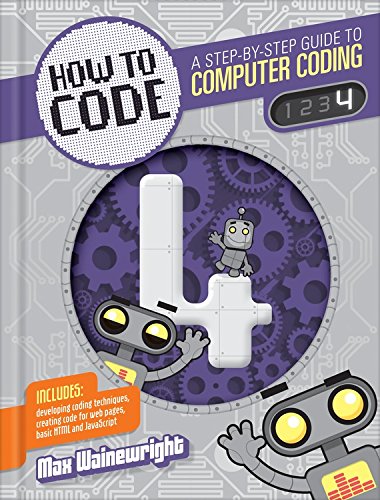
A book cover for Level 4 (How to Code: A Step by Step Guide to Computer Coding); Max Wainewright; Children's Books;